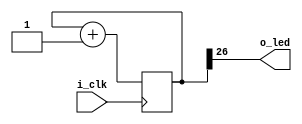
`default_nettype none

module blinky(output wire o_led, input wire i_clk);
	parameter WID = 27;
	reg [WID - 1:0] counter;

	initial counter = 0;
	always @(posedge i_clk)
		counter <= counter + 1'b1;

	assign o_led = counter[WID - 1];
endmodule